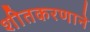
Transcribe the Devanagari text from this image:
शीतकरणाने